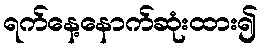
ရက်နေ့နောက်ဆုံးထား၍